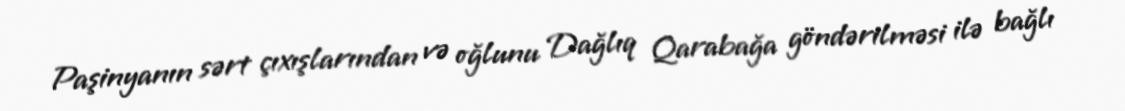
Paşinyanın sərt çıxışlarından və oğlunu Dağlıq Qarabağa göndərilməsi ilə bağlı